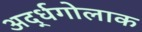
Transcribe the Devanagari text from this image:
अर्द्धगोलाक